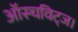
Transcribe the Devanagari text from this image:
ऑस्चविट्ज।